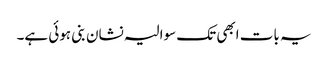
یہ بات ابھی تک سوالیہ نشان بنی ہوئی ہے۔